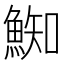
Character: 𩸴